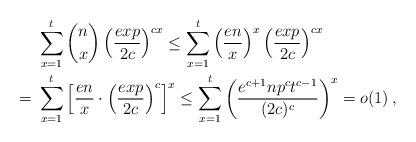
LaTeX: \begin{align*}&\;\sum_{x=1}^{t}\binom{n}{x}\left(\frac{exp}{2c}\right)^{cx} \le \sum_{x=1}^{t}\left(\frac{en}{x}\right)^x\left(\frac{exp}{2c}\right)^{cx}\\= &\;\sum_{x=1}^{t}\left[\frac{en}{x}\cdot\left(\frac{exp}{2c}\right)^c\right]^{x}\le\sum_{x=1}^{t}\left(\frac{e^{c+1}np^ct^{c-1}}{(2c)^c}\right)^{x}=o(1)\,,\end{align*}